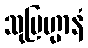
သုဗြဟ္မာနံ